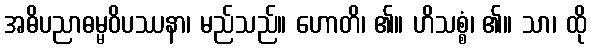
အဓိပညာဓမ္မဝိပဿနာ၊ မည်သည်။ ဟောတိ၊ ၏။ ဟိသစ္စံ၊ ၏။ သာ၊ ထို